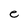
Character: e